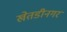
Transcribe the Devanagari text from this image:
खेतडीनगर